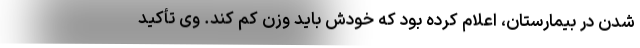
شدن در بیمارستان، اعلام کرده بود که خودش باید وزن کم کند. وی تأکید